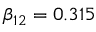
\beta _ { 1 2 } = 0 . 3 1 5